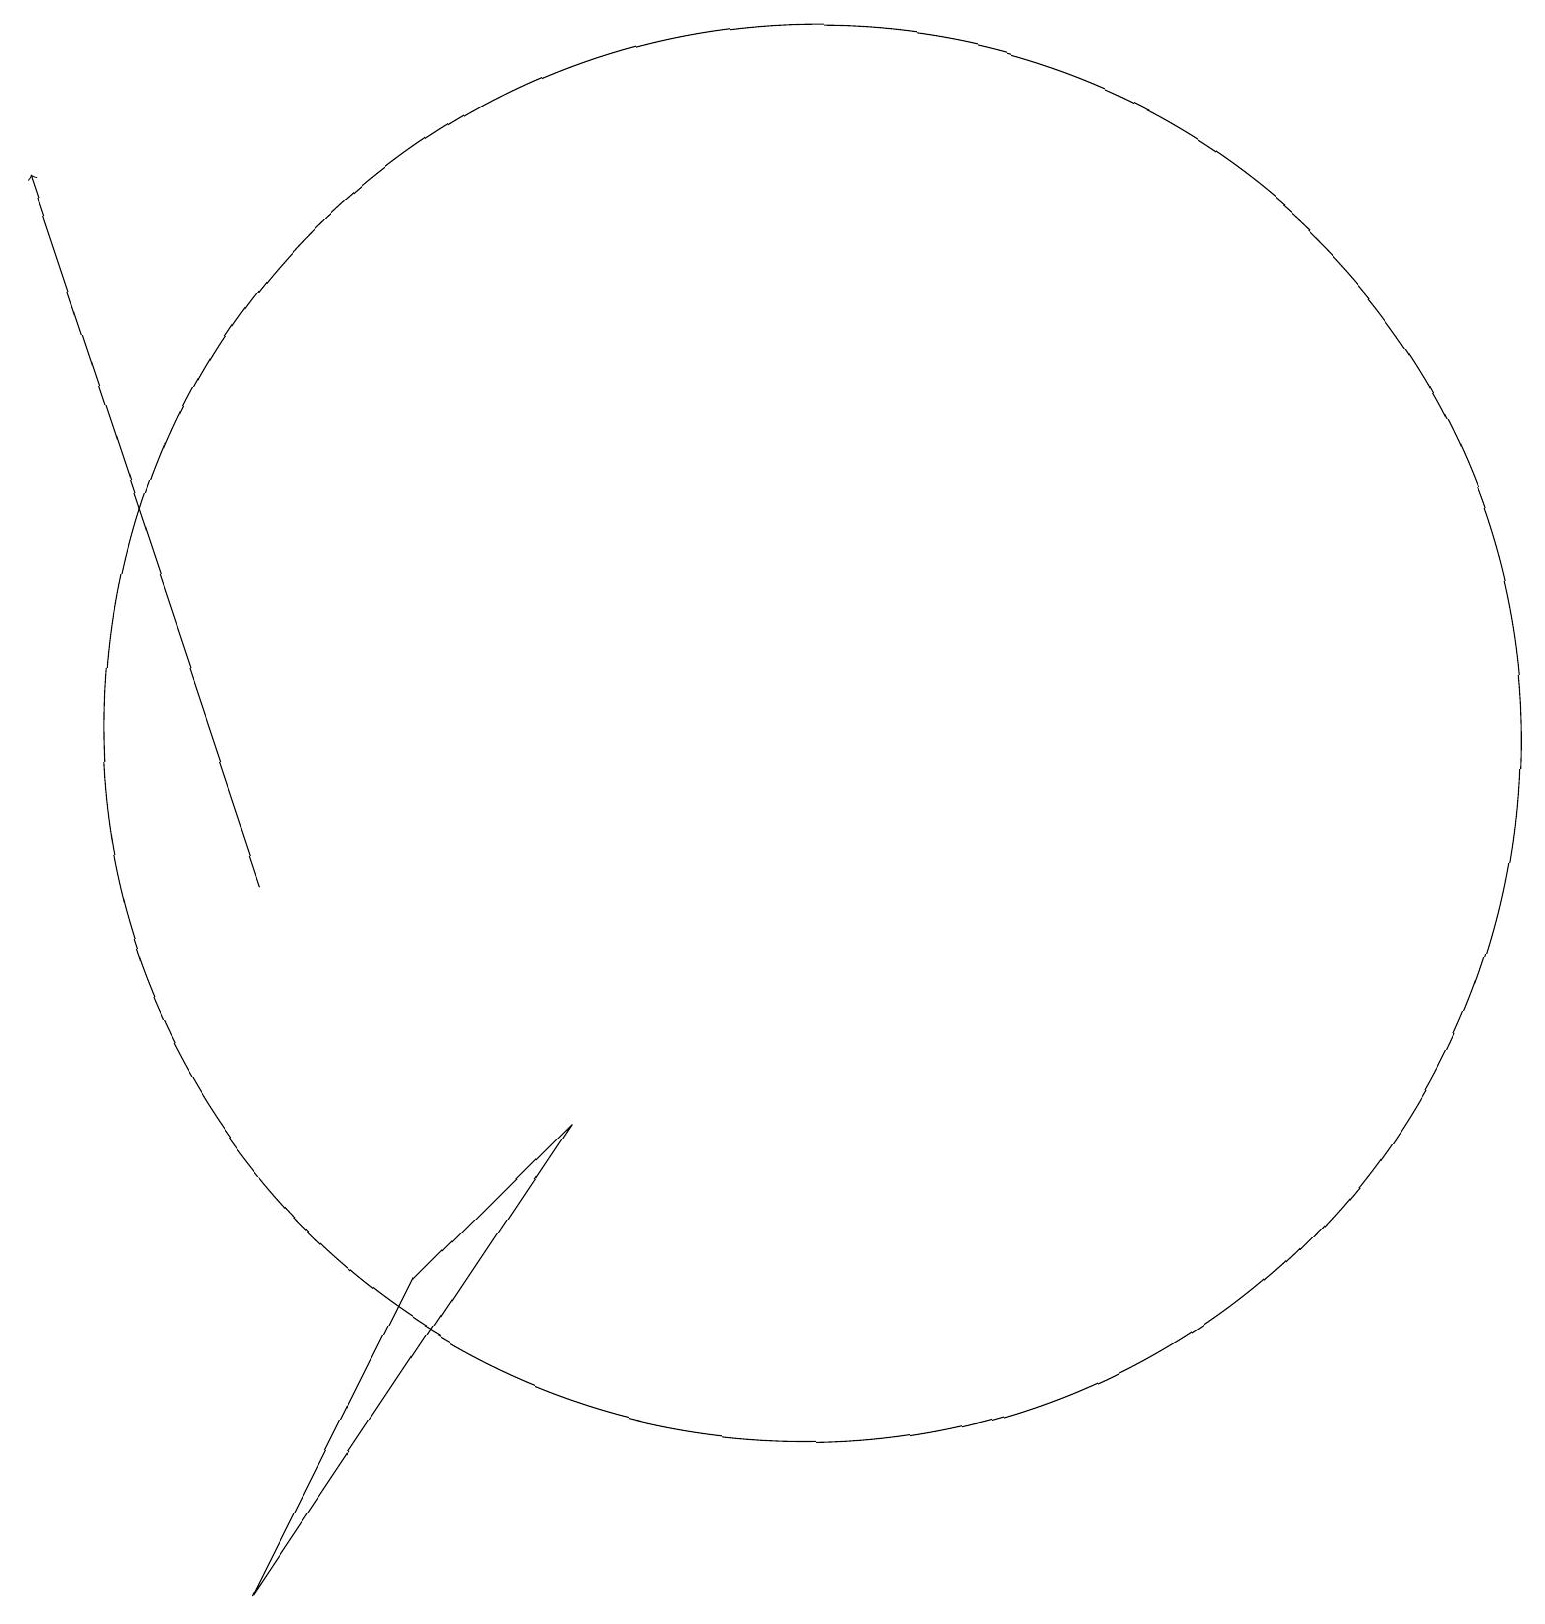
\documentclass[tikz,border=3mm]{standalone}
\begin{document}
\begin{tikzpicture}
\draw[->] (4,10) -- (1,19);
\draw (11,12) circle (9);
\draw (8,7) -- (6,5) -- (4,1) -- cycle;
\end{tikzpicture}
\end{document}